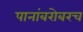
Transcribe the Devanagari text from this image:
पानांबरोबरच